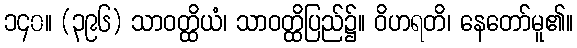
၁၄၀။ (၃၉၆) သာဝတ္ထိယံ၊ သာဝတ္ထိပြည်၌။ ဝိဟရတိ၊ နေတော်မူ၏။